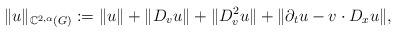
LaTeX: \begin{align*} \|u\|_{\mathbb{C}^{2, \alpha} (G)} : = \|u\| + \|D_v u\| + \|D^2_v u\| + \|\partial_t u - v \cdot D_x u\|,\end{align*}